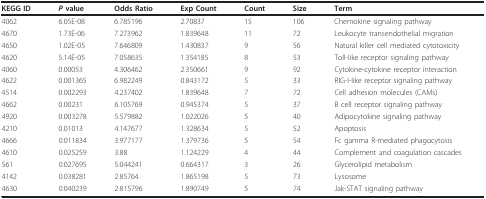
| KEGG ID | P value | Odds Ratio | Exp Count | Count | Size | Term |
 | --- | --- | --- | --- | --- | --- | --- |
 | 4062 | 6.05E-08 | 6.785196 | 2.70837 | 15 | 106 | Chemokine signaling pathway |
 | 4670 | 1.73E-06 | 7.273962 | 1.839648 | 11 | 72 | Leukocyte transendothelial migration |
 | 4650 | 1.02E-05 | 7.646809 | 1.430837 | 9 | 56 | Natural killer cell mediated cytotoxicity |
 | 4620 | 5.14E-05 | 7.058635 | 1.354185 | 8 | 53 | Toll-like receptor signaling pathway |
 | 4060 | 0.00053 | 4.306462 | 2.350661 | 9 | 92 | Cytokine-cytokine receptor interaction |
 | 4622 | 0.001365 | 6.982249 | 0.843172 | 5 | 33 | RIG-I-like receptor signaling pathway |
 | 4514 | 0.002293 | 4.237402 | 1.839648 | 7 | 72 | Cell adhesion molecules (CAMs) |
 | 4662 | 0.00231 | 6.105769 | 0.945374 | 5 | 37 | B cell receptor signaling pathway |
 | 4920 | 0.003278 | 5.579882 | 1.022026 | 5 | 40 | Adipocytokine signaling pathway |
 | 4210 | 0.01013 | 4.147677 | 1.328634 | 5 | 52 | Apoptosis |
 | 4666 | 0.011834 | 3.977177 | 1.379736 | 5 | 54 | Fc gamma R-mediated phagocytosis |
 | 4610 | 0.025259 | 3.88 | 1.124229 | 4 | 44 | Complement and coagulation cascades |
 | 561 | 0.027695 | 5.044241 | 0.664317 | 3 | 26 | Glycerolipid metabolism |
 | 4142 | 0.038281 | 2.85764 | 1.865198 | 5 | 73 | Lysosome |
 | 4630 | 0.040239 | 2.815796 | 1.890749 | 5 | 74 | Jak-STAT signaling pathway |